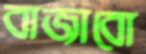
বাজাবো